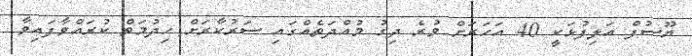
ޔޫސުފް އަލިފުޅަކީ 40 އަހަރަށް ވުރެ ދިގު މުއްދަތެއްގައި ސަރުކާރަށް ހިދުމަތް ކުރައްވާފައިވާ